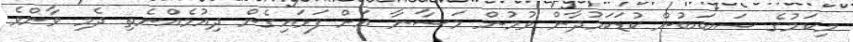
މިކަމުގެ ސަބަބުން ކުޑަކަމުދާން ވުމުން މަސާނާ އަށް ފަޅައިގެން ދިއުމެއްނެތި ދެމި ވާންވެ